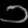
Digit: ၁